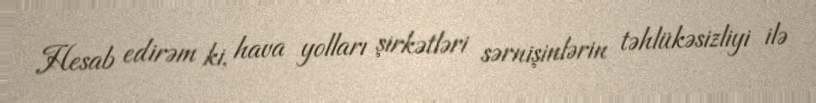
Hesab edirəm ki, hava yolları şirkətləri sərnişinlərin təhlükəsizliyi ilə